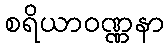
စရိယာဝဏ္ဏနာ